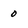
Character: 0